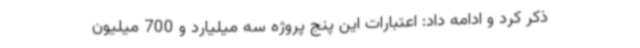
ذکر کرد و ادامه داد: اعتبارات این پنج پروژه سه میلیارد و 700 میلیون